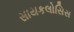
સાયકલોસિસ